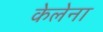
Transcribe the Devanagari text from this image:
केलेना